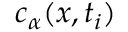
c _ { \alpha } ( x , t _ { i } )